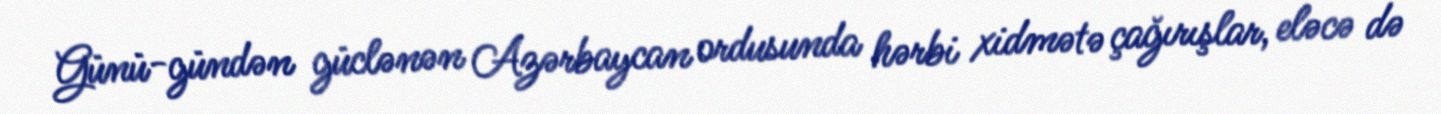
Günü-gündən güclənən Azərbaycan ordusunda hərbi xidmətə çağırışlar, eləcə də